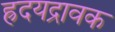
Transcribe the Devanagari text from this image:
ह्रदयद्रावक